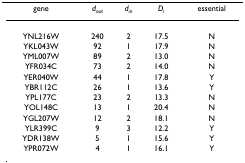
| gene | dout | din | Di | essential |
 | --- | --- | --- | --- | --- |
 | YNL216W | 240 | 2 | 17.5 | N |
 | YKL043W | 92 | 1 | 17.9 | N |
 | YML007W | 89 | 2 | 13.0 | N |
 | YFR034C | 73 | 2 | 14.0 | N |
 | YER040W | 44 | 1 | 17.8 | Y |
 | YBR112C | 26 | 1 | 13.6 | Y |
 | YPL177C | 23 | 2 | 13.3 | N |
 | YOL148C | 13 | 1 | 20.4 | N |
 | YGL207W | 12 | 2 | 18.1 | N |
 | YLR399C | 9 | 3 | 12.2 | Y |
 | YDR138W | 5 | 1 | 15.6 | Y |
 | YPR072W | 4 | 1 | 16.1 | Y |